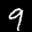
Label: 9